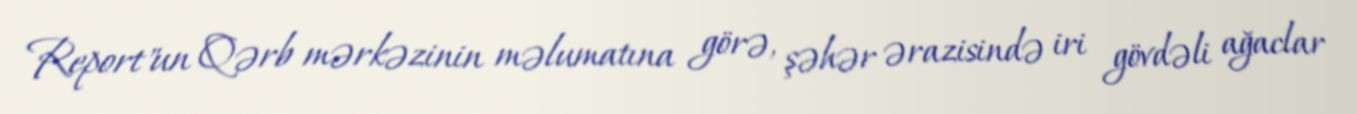
Report"un Qərb mərkəzinin məlumatına görə, şəhər ərazisində iri gövdəli ağaclar